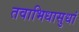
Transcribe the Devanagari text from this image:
तवाभिधासुधां